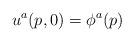
LaTeX: \begin{align*}u^a (p, 0) = \phi^a (p) \end{align*}